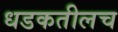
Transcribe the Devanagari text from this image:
धडकतीलच